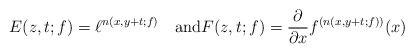
LaTeX: \begin{align*}E(z,t;f)=\ell^{n(x,y+t;f)}\quad\mbox{and}F(z,t;f)=\frac{\partial}{\partial x}f^{(n(x,y+t;f))}(x)\end{align*}